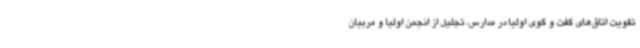
تقویت اتاق‌های گفت و گوی اولیا در مدارس، تجلیل از انجمن اولیا و مربیان